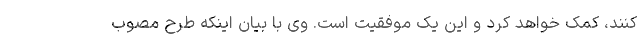
کنند، کمک خواهد کرد و این یک موفقیت است. وی با بیان اینکه طرح مصوب